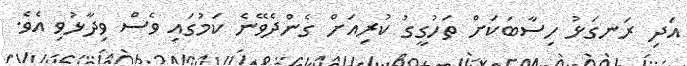
އަދި ރަނގަޅު ހިސާބަކަށް ތަހުގީގު ކުރިއަށް ގެންދެވޭނެ ކަމުގައި ވެސް ވިދާޅުވި އެވެ.